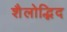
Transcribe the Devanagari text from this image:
शैलोद्भिद